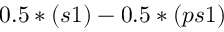
0 . 5 * ( s 1 ) - 0 . 5 * ( p s 1 )